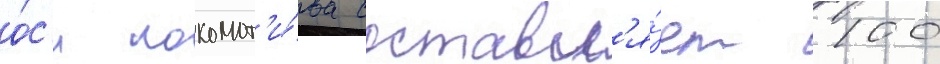
о́с'и локомот'и́ва составл'я́ет 100